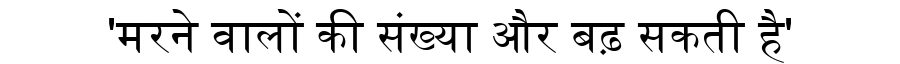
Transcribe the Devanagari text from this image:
'मरने वालों की संख्या और बढ़ सकती है'